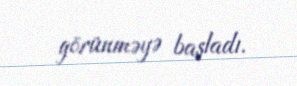
görünməyə başladı.